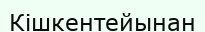
Кішкентейынан